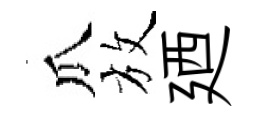
瓜放廼